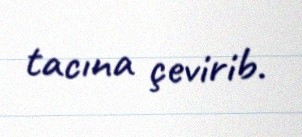
tacına çevirib.